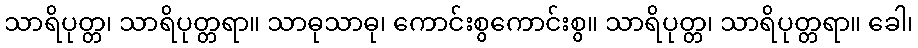
သာရိပုတ္တ၊ သာရိပုတ္တရာ။ သာဓုသာဓု၊ ကောင်းစွကောင်းစွ။ သာရိပုတ္တ၊ သာရိပုတ္တရာ။ ခေါ၊